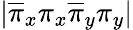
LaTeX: |\overline{{\pi}}_{x}\pi_{x}\overline{{\pi}}_{y}\pi_{y}|